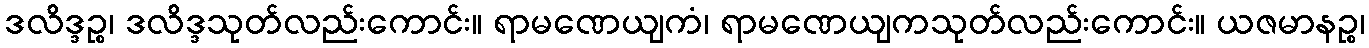
ဒလိဒ္ဒဉ္စ၊ ဒလိဒ္ဒသုတ်လည်းကောင်း။ ရာမဏေယျကံ၊ ရာမဏေယျကသုတ်လည်းကောင်း။ ယဇမာနဉ္စ၊